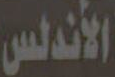
الأندلس